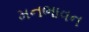
મનભાવન